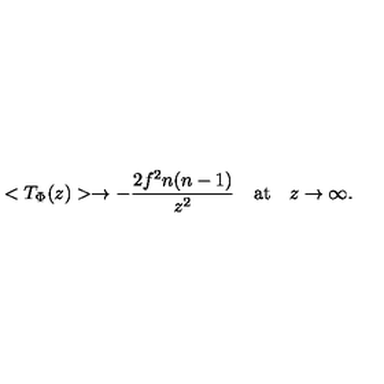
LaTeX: < T _ { \Phi } ( z ) > \rightarrow - \frac { 2 f ^ { 2 } n ( n - 1 ) } { z ^ { 2 } } \quad \mathrm { a t } \quad z \rightarrow \infty .